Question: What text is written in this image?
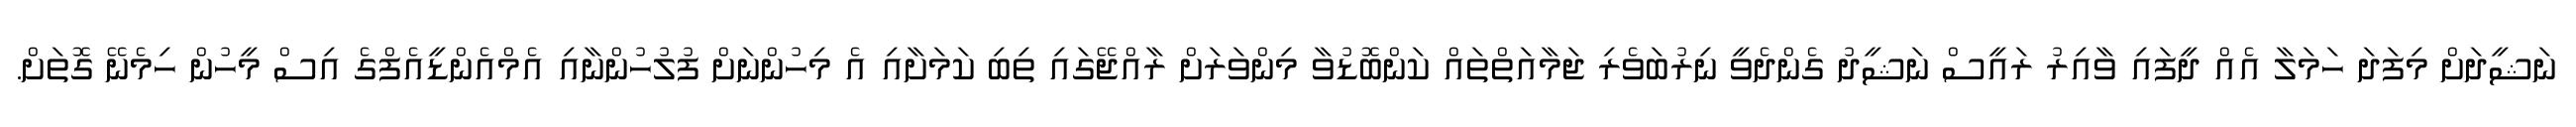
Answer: ނަޝީދަށް މިފަދަ ހަމަލާ އެއް ދީފައި ވާއިރު ރައީސް ނަޝީދު ގެންދެވީ ނިރުބަވެރި ޖަމާއަތްތައް ކަންބޮޑުވާ މިންވަރަށް ރާއްޖޭގައި ތިބި ކަމަށާއި އެ މިހުންނަށް ފުލުހުންނާއި އެމްއެންޑީއެފްގެ އިސް މީހުން ހިމެނޭ ގޮތަށް.